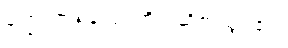
မဏ္ဍပ်တစ်ခုလုံး တိတ်ဆိတ်သွား၏။